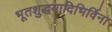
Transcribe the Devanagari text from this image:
भूतशुद्धयादिभिर्विना